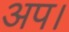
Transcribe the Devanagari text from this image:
अप।